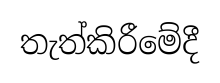
තැත්කිරීමේදී